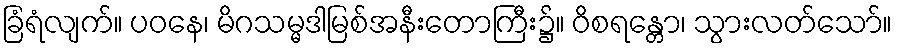
ခြံရံလျက်။ ပဝနေ၊ မိဂသမ္မဒါမြစ်အနီးတောကြီး၌။ ဝိစရန္တော၊ သွားလတ်သော်။